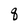
Character: q